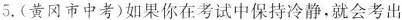
5.(黄冈市中考)如果你在考试中保持冷静,就会考出